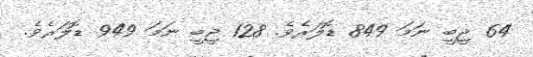
64 ޖީބީ ނަމަ 849 ޑޮލަރެވެ. 128 ޖީބީ ނަމަ 949 ޑޮލަރެވެ.